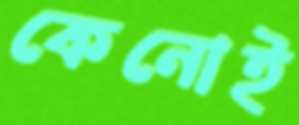
কেনোই